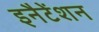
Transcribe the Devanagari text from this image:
इनैटेंशन